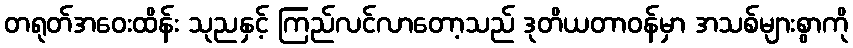
တရုတ်အဝေးထိန်း သုညနှင့် ကြည်လင်လာတော့သည် ဒုတိယတာဝန်မှာ အသစ်များစွာကို